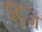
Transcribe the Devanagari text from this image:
इट्रज